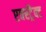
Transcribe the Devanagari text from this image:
एक्स्ट्रैक्ट